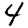
Digit: 4